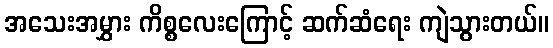
အသေးအမွှား ကိစ္စလေးကြောင့် ဆက်ဆံရေး ကျဲသွားတယ်။